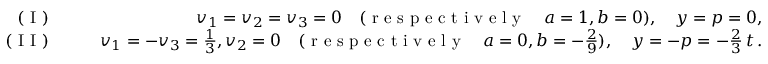
\begin{array} { r l r } { ( \textrm { I } ) \quad } & { } & { v _ { 1 } = v _ { 2 } = v _ { 3 } = 0 \quad ( \textrm { r e s p e c t i v e l y } \quad a = 1 , b = 0 ) , \quad y = p = 0 , } \\ { ( \textrm { I I } ) \quad } & { } & { v _ { 1 } = - v _ { 3 } = \frac { 1 } { 3 } , v _ { 2 } = 0 \quad ( \textrm { r e s p e c t i v e l y } \quad a = 0 , b = - \frac { 2 } { 9 } ) , \quad y = - p = - \frac { 2 } { 3 } \, t \, . } \end{array}